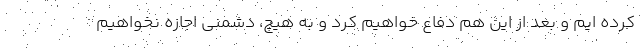
کرده ایم و بعد از این هم دفاع خواهیم کرد و به هیچ، دشمنی اجازه نخواهیم